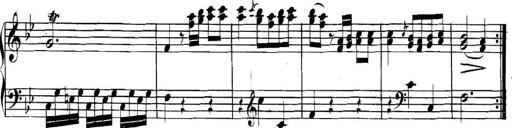
Title: Collected Piano Sonatas
Composer: Muzio Clementi